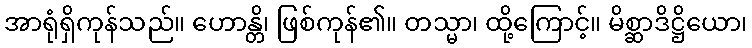
အာရုံရှိကုန်သည်။ ဟောန္တိ၊ ဖြစ်ကုန်၏။ တသ္မာ၊ ထို့ကြောင့်။ မိစ္ဆာဒိဋ္ဌိယော၊